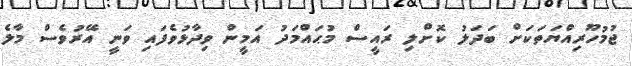
ޖުމުހޫރިއްޔަތަކަށް ބަދަލު ކޮށްލި ރައީސް މުޙައްމަދު އަމީން ވިދާޅުވެފައި ވަނީ އޭރުވެސް މާލެ